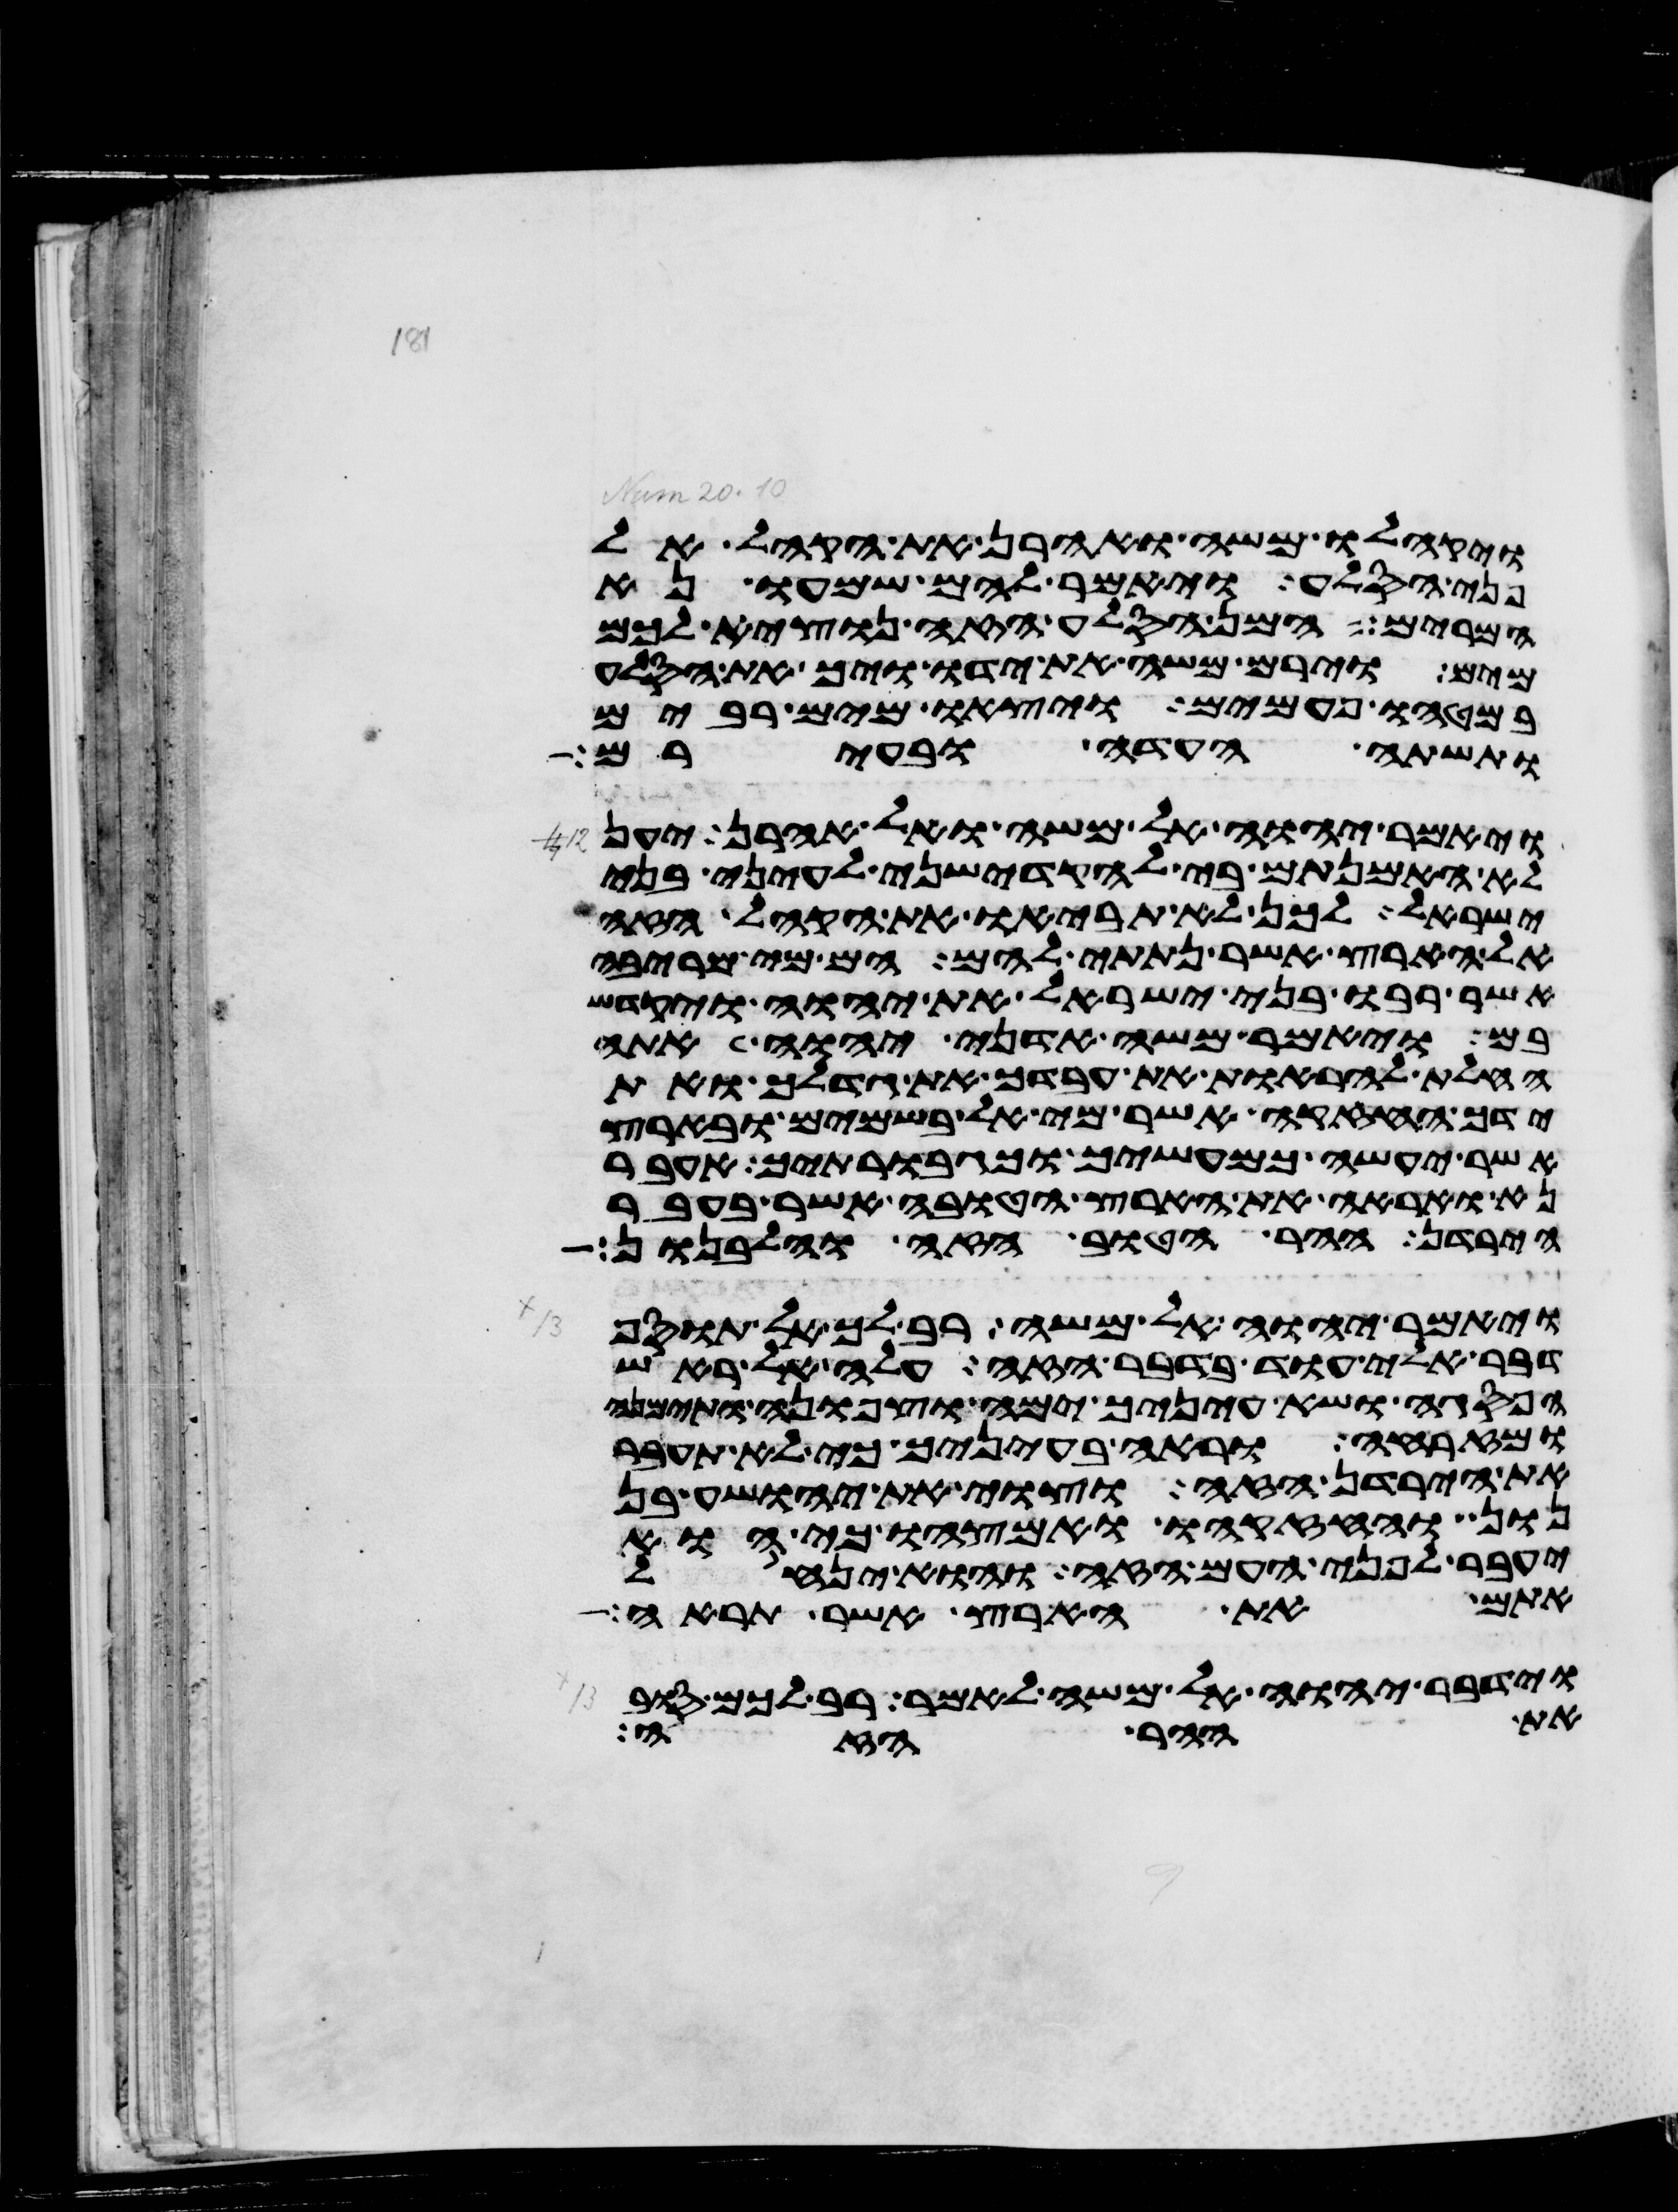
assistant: ויקהלו משה ואהרן את הקהל אל
פני הסלע ויאמר להם שמעו נא
המרים המן הסלע הזה נוציא לכם
מים וירם משה את ידו ויך את הסלע
במטהו פעמים ויצאו מים רבים
ותשת העדה ובעירם
ויאמר יהוה אל משה ואל אהרן יען
לא האמנתם בי להקדישני לעיני בני
ישראל לכן לא תביאו את הקהל הזה
אל הארץ אשר נתתי להם הם מי מריבה
אשר רבו בני ישראל את יהוה ויקדש
בם ויאמר משה אדני יהוה אתה
החלת להראות את עבדך את גדלך ואת
ידך החזקה אשר מי אל בשמים ובארץ
אשר יעשה כמעשיך וכגבורתיך אעבר
נא ואראה את הארץ הטובה אשר בעבר
הירדן ההר הטוב הזה והלבנון
ויאמר יהוה אל משה רב לך אל תוסף
דבר אלי עוד בדבר הזה עלה אל ראש
הפסגה ושא עיניך ימה וצפונה ותימנה
ומזרחה וראה בעיניך כי לא תעבר
את הירדן הזה וצוי את יהושע בן
נון וחזקהו ואמצהו כי הוא
יעבר לפני העם הזה והוא ינחל
אתם את הארץ אשר תראה
וידבר יהוה אל משה לאמר רב לכם סוב
את ההר הזה